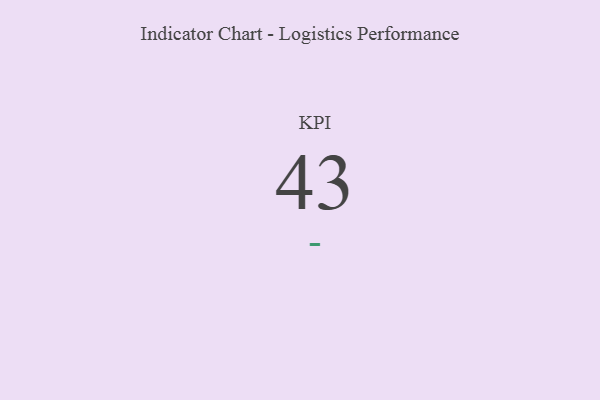
{"axis": {"x": "KPI", "y": "Value"}, "legend": [""], "data": [{"x": "KPI", "y": 43, "type": ""}]}